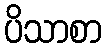
ပိသာစာ